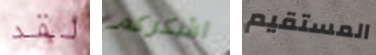
لقد اشكركم المستقيم